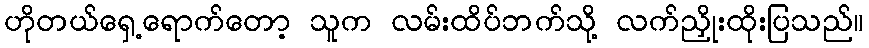
ဟိုတယ်ရှေ့ရောက်တော့ သူက လမ်းထိပ်ဘက်သို့ လက်ညှိုးထိုးပြသည်။